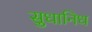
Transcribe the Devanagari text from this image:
सुधानिध